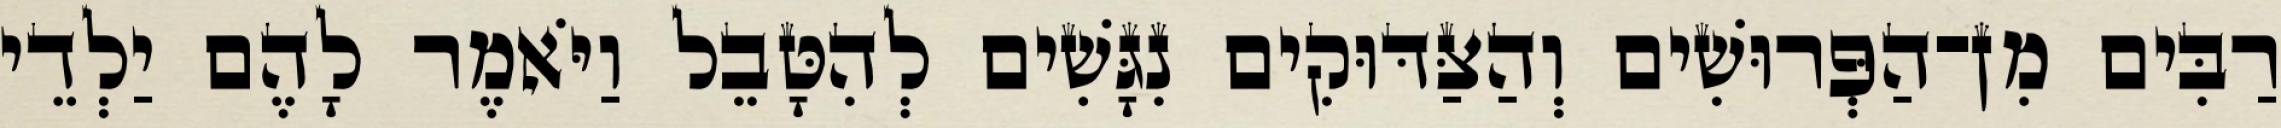
רַבִּים מִן־הַפְּרוּשִׁים וְהַצַּדּוּקִים נִגָּשִׁים לְהִטָּבֵל וַיֹּאמֶר לָהֶם יַלְדֵי